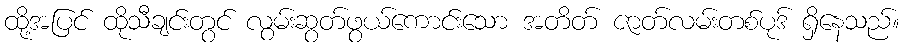
ထို့အပြင် ထိုသီချင်းတွင် လွမ်းဆွတ်ဖွယ်ကောင်းသော အတိတ် ဇာတ်လမ်းတစ်ပုဒ် ရှိနေသည်။